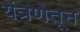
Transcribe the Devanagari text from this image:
यंत्रणेतून